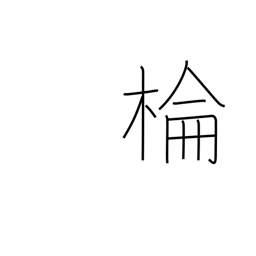
Meaning: camphor tree